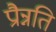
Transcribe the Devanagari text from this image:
प्रौन्नति